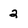
Character: 2